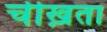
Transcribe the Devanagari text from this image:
चीख़ता